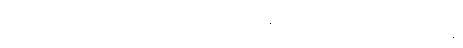
သမ္ပယုတ္တသင်္ခါရသဒိသာယေဝ၊ သမ္ပယုတ္တသင်္ခါရတို့နှင့် တူကုန်သည် သာလျှင်တည်း။ ပန၊